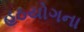
હઠયોગના